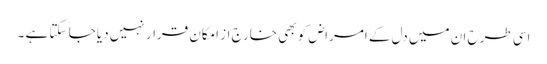
اسی طرح ان میں دل کے امراض کو بھی خارج از امکان قرار نہیں دیا جا سکتا ہے ۔